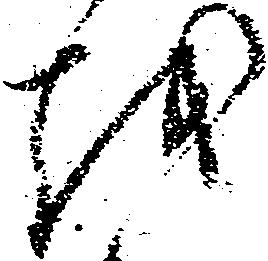
越